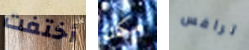
أختفت مكان ترافس